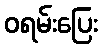
ဝရမ်းပြေး